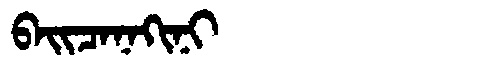
Manchu: ᠪᠠᡳᠴᠠᠨᠠᡴᡳᠨᡳ
Romanization: BAICANAKINI